General report no. 6 on the lunatic asylums, vaccination and dispensaries in the Bengal Presidency, 1873 -
Year: 1873
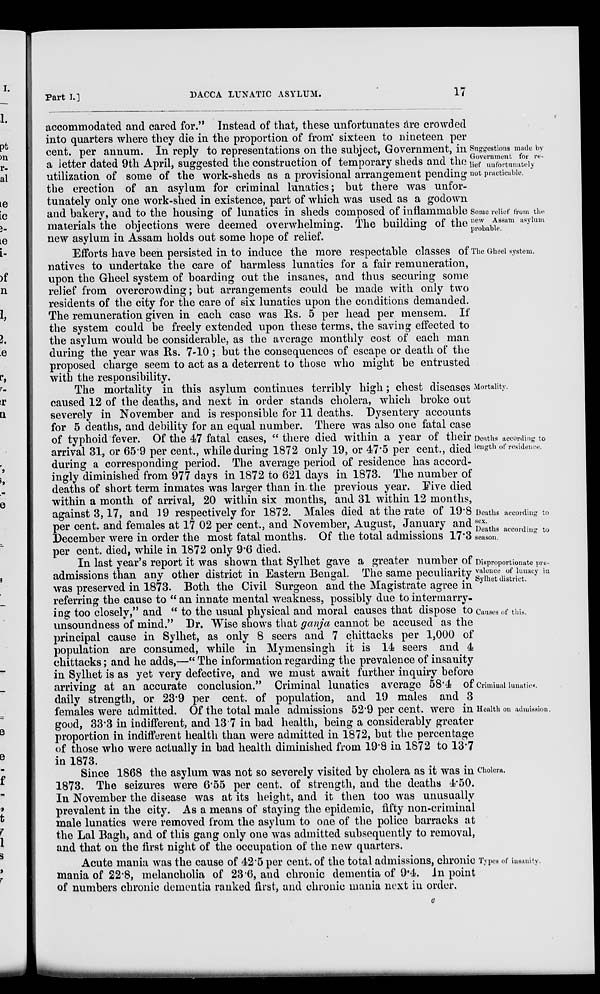
Part I.]
DACCA LUNATIC ASYLUM.
17
Suggestions made by
Government for re-
lief unfortunately
not practicable.
Some relief from the
new Assam asylum
probable.
accommodated and cared for." Instead of that, these unfortunates are crowded
into quarters where they die in the proportion of from sixteen to nineteen per
cent. per annum. In reply to representations on the subject, Government, in
a letter dated 9th April, suggested the construction of temporary sheds and the
utilization of some of the work-sheds as a provisional arrangement pending
the erection of an asylum for criminal lunatics; but there was unfor-
tunately only one work-shed in existence, part of which was used as a godown
and bakery, and to the housing of lunatics in sheds composed of inflammable
materials the objections were deemed overwhelming. The building of the
new asylum in Assam holds out some hope of relief.
The Gheel system.
Efforts have been persisted in to induce the more respectable classes of
natives to undertake the care of harmless lunatics for a fair remuneration,
upon the Gheel system of boarding out the insanes, and thus securing some
relief from overcrowding; but arrangements could be made with only two
residents of the city for the care of six lunatics upon the conditions demanded.
The remuneration given in each case was Rs. 5 per head per mensem. If
the system could be freely extended upon these terms, the saving effected to
the asylum would be considerable, as the average monthly cost of each man
during the year was Rs. 7-10 ; but the consequences of escape or death of the
proposed charge seem to act as a deterrent to those who might be entrusted
with the responsibility.
Mortality.
Deaths according to
length of residence.
Deaths according to
sex.
Deaths according to
season.
The mortality in this asylum continues terribly high ; chest diseases
caused 12 of the deaths, and next in order stands cholera, which broke out
severely in November and is responsible for 11 deaths. Dysentery accounts
for 5 deaths, and debility for an equal number. There was also one fatal case
of typhoid fever. Of the 47 fatal cases, " there died within a year of their
arrival 31, or 65.9 per cent., while during 1872 only 19, or 47.5 per cent., died
during a corresponding period. The average period of residence has accord-
ingly diminished from 977 days in 1872 to 621 days in 1873. The number of
deaths of short term inmates was larger than in. the previous year. Five died
within a month of arrival, 20 within six months, and 31 within 12 months,
against 3,17, and 19 respectively for 1872. Males died at the rate of 19.8
per cent. and females at 17 02 per cent., and November, August, January and
December were in order the most fatal months. Of the total admissions 17.3
per cent. died, while in 1872 only 9.6 died.
Disproportionate pre-
valence of lunacy in
Sylhet district.
Causes of this.
Criminal lunatics.
Health on admission.
In last year's report it was shown that Sylhet gave a greater number of
admissions than any other district in Eastern Bengal. The same peculiarity
was preserved in 1873. Both the Civil Surgeon and the Magistrate agree in
referring the cause to " an innate mental weakness, possibly due to intermarry-
ing too closely," and " to the usual physical and moral causes that dispose to
unsoundness of mind." Dr. Wise shows that ganja cannot be accused as the
principal cause in Sylhet, as only 8 seers and 7 chittacks per 1,000 of
population are consumed, while in Mymensingh it is 14 seers and 4
chittacks; and he adds,—" The information regarding the prevalence of insanity
in Sylhet is as yet very defective, and we must await further inquiry before
arriving at an accurate conclusion." Criminal lunatics average 58.4 of
daily strength, or 23.9 per cent. of population, and 19 males and 3
females were admitted. Of the total male admissions 52.9 per cent. were in
good, 33.3 in indifferent, and 13.7 in bad health, being a considerably greater
proportion in indifferent health than were admitted in 1872, but the percentage
of those who were actually in bad health diminished from 19.8 in 1872 to 13.7
in 1873.
Cholera.
Since 1868 the asylum was not so severely visited by cholera as it was in
1873. The seizures were 6.55 per cent. of strength, and the deaths 4.50.
In November the disease was at its height, and it then too was unusually
prevalent in the city. As a means of staying the epidemic, fifty non-criminal
male lunatics were removed from the asylum to one of the police barracks at
the Lal Bagh, and of this gang only one was admitted subsequently to removal,
and that on the first night of the occupation of the new quarters.
Types of insanity.
Acute mania was the cause of 42.5 per cent. of the total admissions, chronic
mania of 22.8, melancholia of 23.6, and chronic dementia of 9.4. In point
of numbers chronic dementia ranked first, and chronic mania next in order.
e